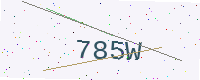
Text: 785W